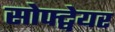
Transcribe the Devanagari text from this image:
सोफ्ट्वेयर